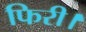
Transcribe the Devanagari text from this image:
फिरी।